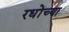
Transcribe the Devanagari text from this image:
रधोंच्या